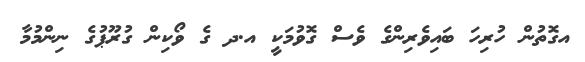
އގޮތުން ހުރިހަ ބައިވެރިންގެ ވެސް ގޮވުމަކީ އ.ދ ގެ ވޯކިން ގުރޫޕުގެ ނިންމުމާ